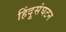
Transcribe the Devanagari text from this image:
हिंदूसंघटन